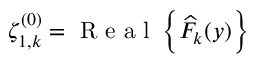
\zeta _ { 1 , k } ^ { ( 0 ) } = \mathrm { ~ R ~ e ~ a ~ l ~ } \left\{ \widehat { F } _ { k } ( y ) \right\}